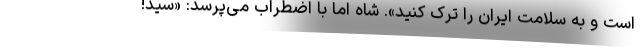
است و به سلامت ایران را ترک کنید». شاه اما با اضطراب می‌پرسد: «سید!